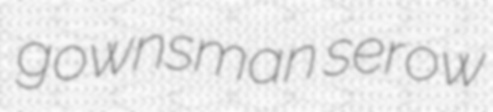
gownsman serow